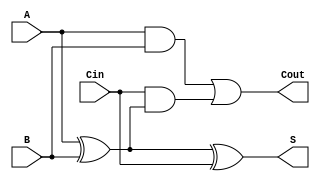
module TreeStructuredFullAdder (
    input  wire A,    // First input bit
    input  wire B,    // Second input bit
    input  wire Cin,  // Carry-in bit
    output wire S,    // Sum output
    output wire Cout   // Carry-out output
);

// Intermediate signals
wire IntermediateSum1;
wire IntermediateSum2;
wire Carry1;
wire Carry2;

// First level calculations
assign IntermediateSum1 = A ^ B;         // Intermediate Sum 1 = A  B
assign IntermediateSum2 = IntermediateSum1 ^ Cin; // S = Intermediate Sum 1  Cin

assign Carry1 = A & B;                    // Carry1 = A AND B
assign Carry2 = Cin & IntermediateSum1;   // Carry2 = Cin AND Intermediate Sum 1

// Second level calculations
assign S = IntermediateSum2;              // Final Sum output
assign Cout = Carry1 | Carry2;            // Cout = Carry1 OR Carry2

endmodule